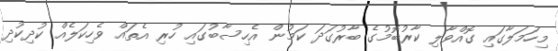
މިހަމަލާގައި ގޮއްވާލި ކާރުބޮމުގެ ބާރުގަދަ ކަމުން އެހިސާބުގައި ހުރި އެތައް ވެހިކަލެއް ކުދިކުދި